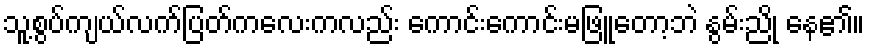
သူ့စွပ်ကျယ်လက်ပြတ်ကလေးကလည်း ကောင်းကောင်းမဖြူတော့ဘဲ နွမ်းညို နေ၏။